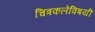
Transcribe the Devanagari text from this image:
चित्रकलेविषयी